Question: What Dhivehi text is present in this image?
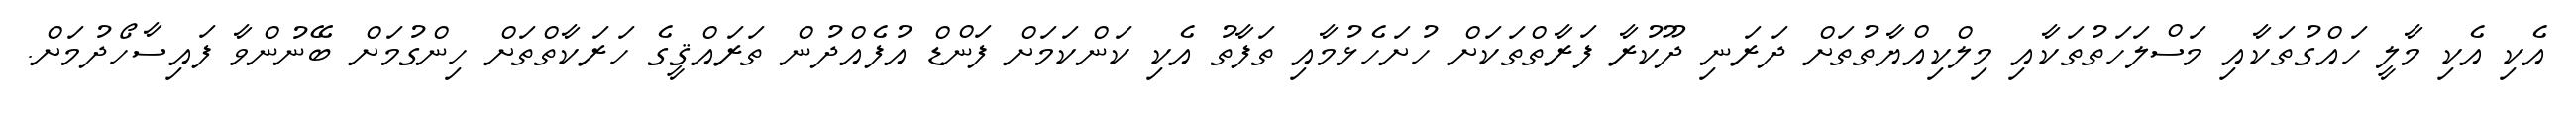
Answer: އެކި އެކި މާލީ ހައްގުތަކާއި މަސްލަހަތުތަކާއި މިލްކިއްޔާތުތަށް ދަރަނި ދޫކުރާ ފަރާތްތަކަށް ހުށަހެޅުމާއި ތަފާތު އެކި ކަންކަމަށް ފަންޑް އުފެއްދުން ތަރައްޤީގެ ހަރަކާތްތަށް ހިންގުމަށް ބޭނުންވާ ފައިސާހޯދުމަށް.